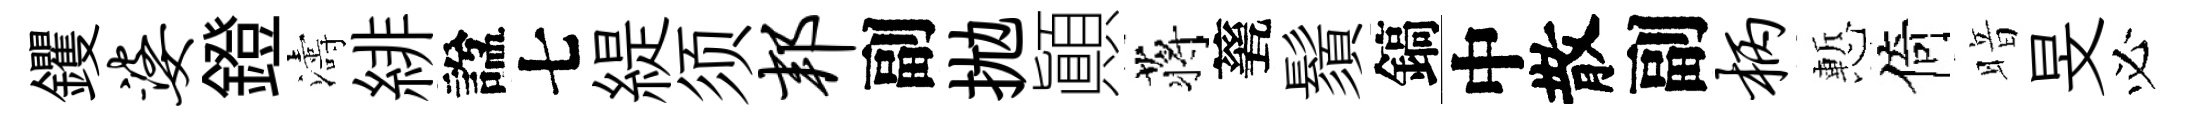
钁婆鐙濤緋諡七緹须邦副拋顚蒋甆鬚鎬中散副柄慙倚暗旻必